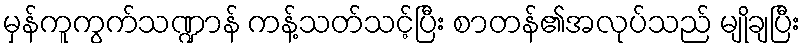
မှန်ကူကွက်သဏ္ဍာန် ကန့်သတ်သင့်ပြီး စာတန်၏အလုပ်သည် မျိုချပြီး